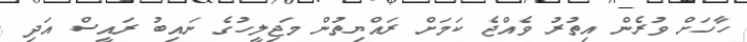
ހާހަށް ވުރެން އިތުރު ވެއްޖެ ކަމަށް ރައްޔިތުން މަޖިލީހުގެ ނައިބު ރައީސް އަދި